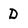
Character: D